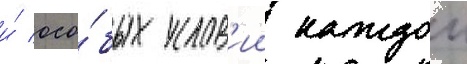
и́ осо́бых услов'ии каждои